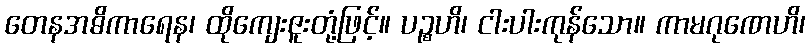
တေနအဓိကာရေန၊ ထိုကျေးဇူးတုံ့ဖြင့်။ ပဉ္စဟိ၊ ငါးပါးကုန်သော။ ကာမဂုဏေဟိ၊